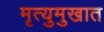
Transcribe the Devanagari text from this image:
मृत्युमुखात